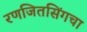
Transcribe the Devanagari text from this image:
रणजितसिंगचा